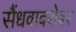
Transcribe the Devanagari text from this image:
सैंधवाबरोबर